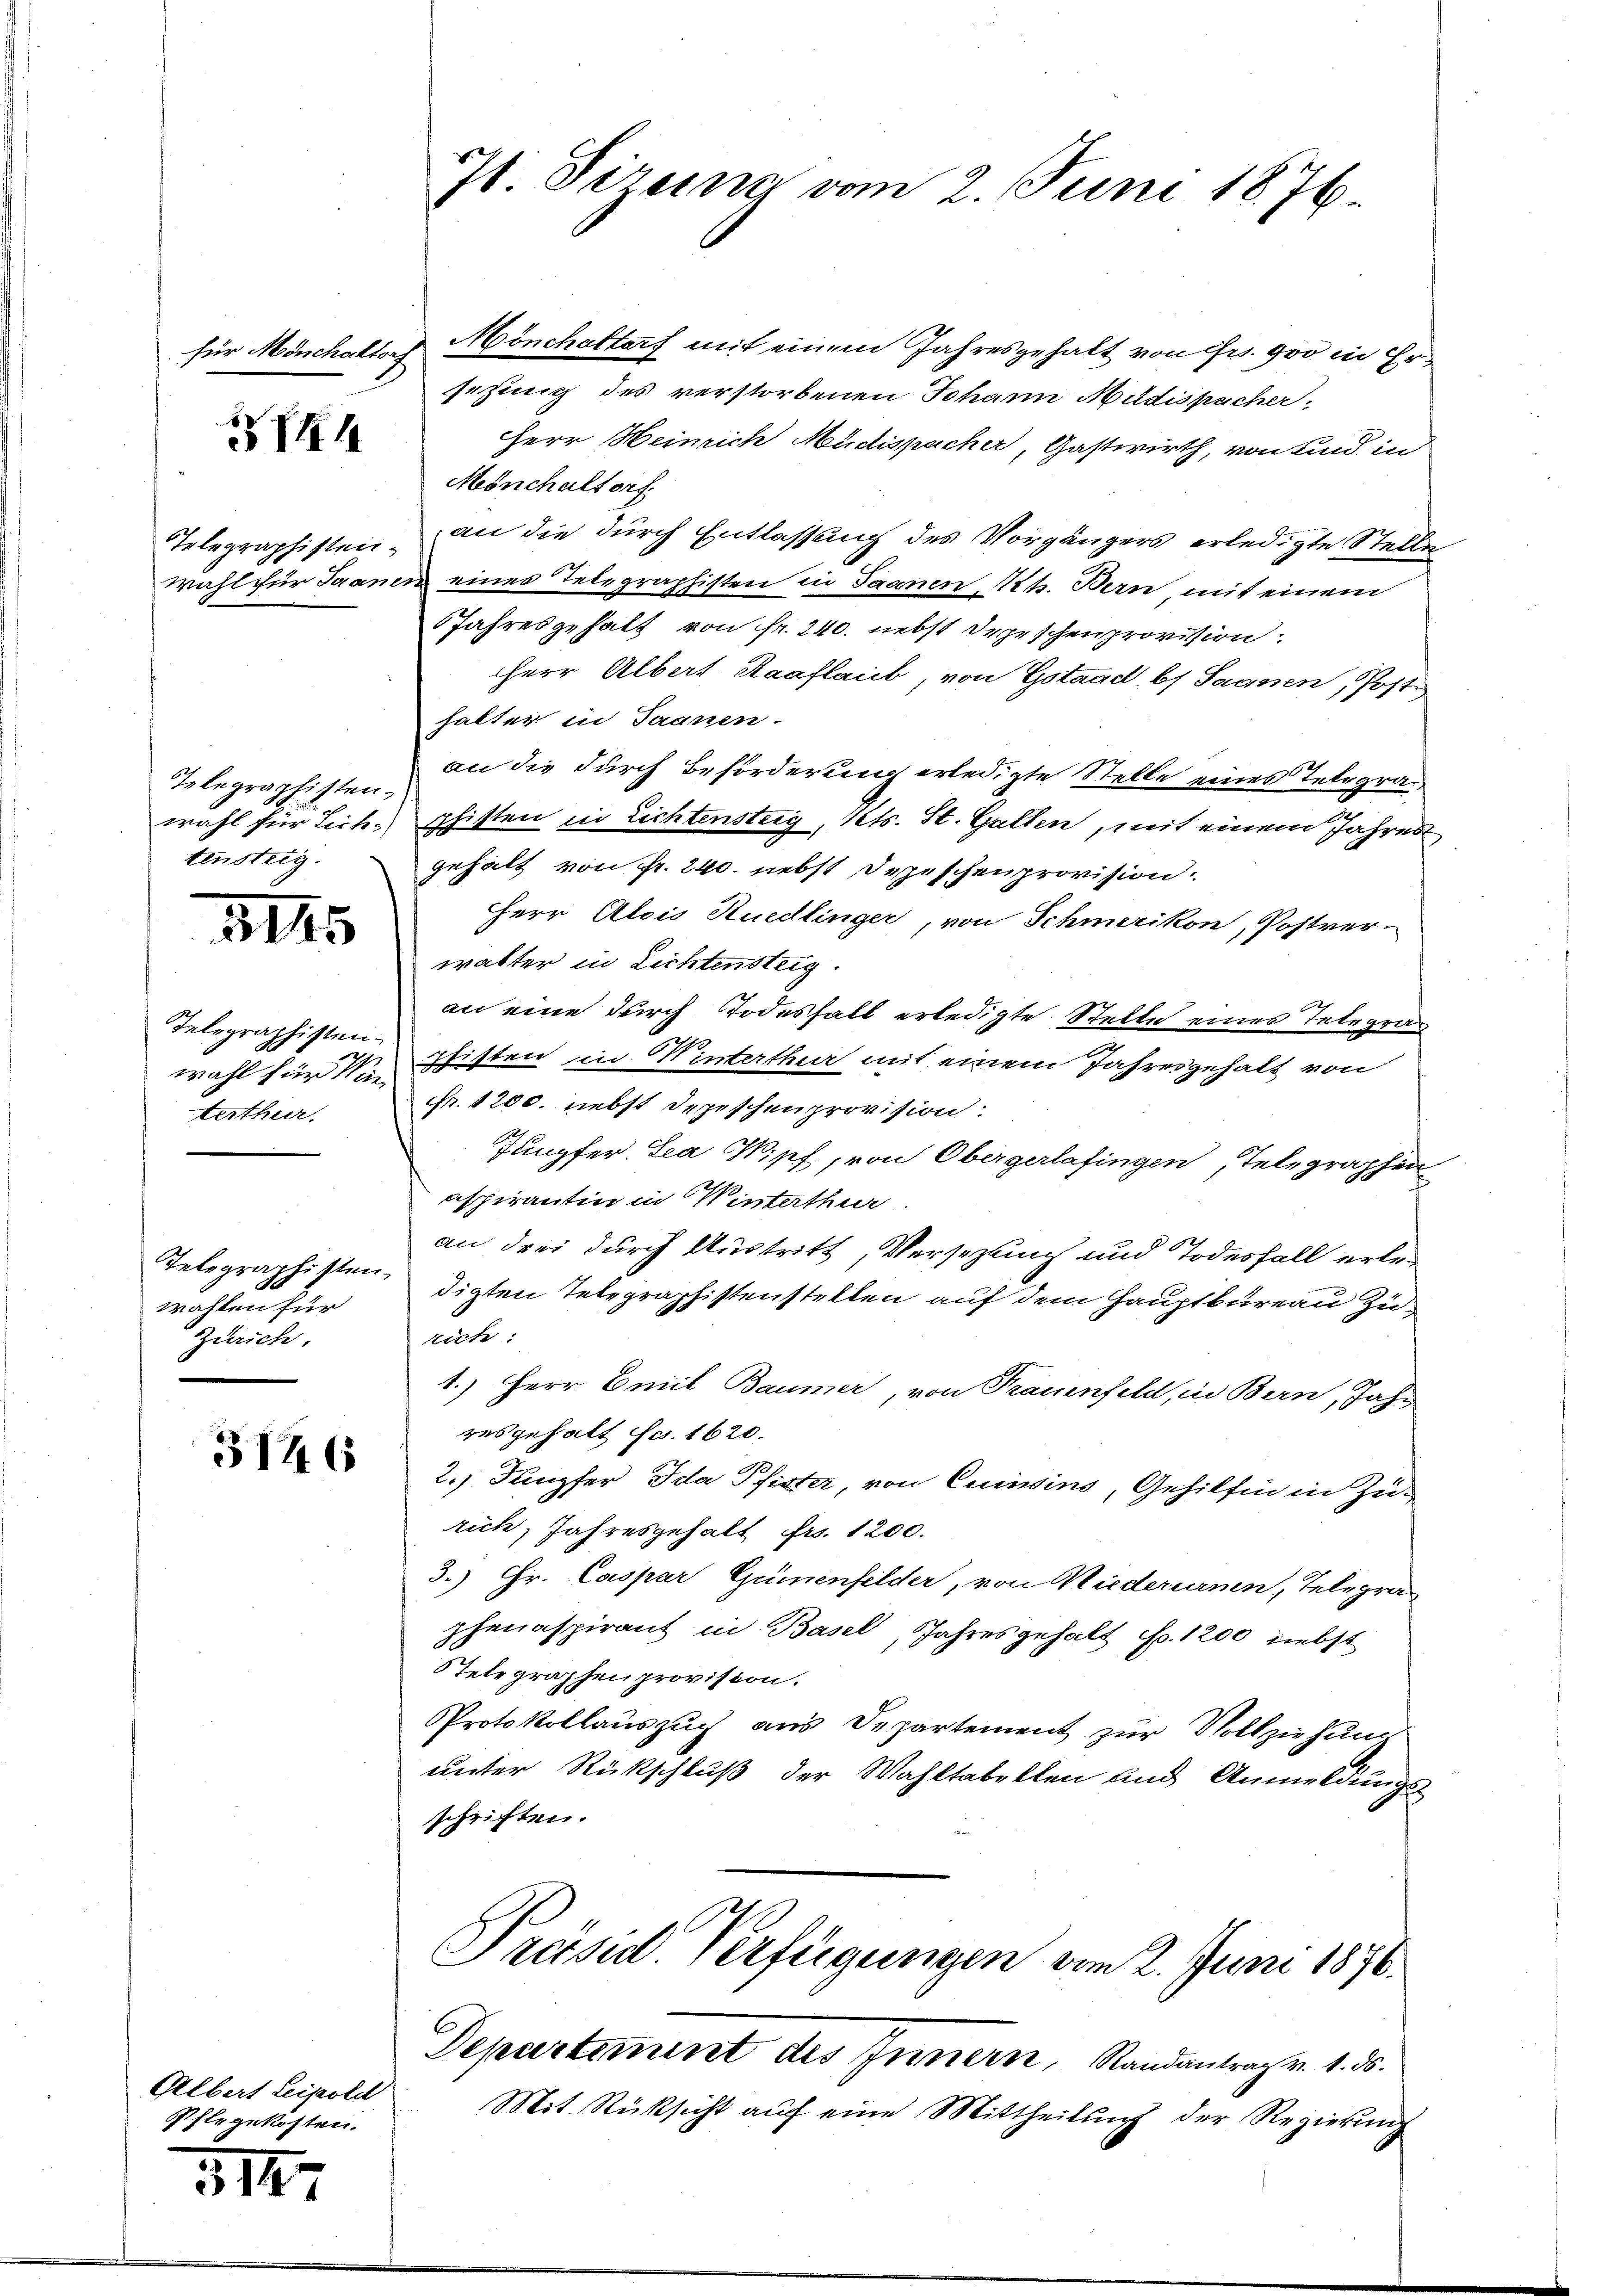
für Mönchaltorf

P

Telegraphisten.
Wahl für Saam

Telegraphisten.
wahl für Leih-
tensteig.

3145

Telegraphisten.
wahl für Min
terthur.

Telegraphisten
wallen für
Zürich.

3146

Albert Leipold
Pflegekosten.

31

7) Direme vom 2. Juni 1876

Mönchaltorf mit einem Jahresgehalt von Fr. 900 in Ersetzung des verstorbenen Johann Müdispacher,
Herr Heinrich Müdispacher, Gastwirth, von Kind in
Mönchaltorf.
an die durch Entlassung des Vorgängers erledigte Stelle
ud eines Telegraphisten in Saanen, Kt. Bern mit einem
Jahresgehalt von fr. 240. nebst Depeschenprovision.
Herr Albert Raaflaub, von Gotaad, b) Saanen Post
halter in Saanen.
an die durch Beförderung erledigte Stelle eines Telegrau
shisten in Lichtensteig, Kts. St. Gallen, mit einem Jahres
gehalt von fr. 240. nebst Depeschen provision.
HHerr Alois Ruedlinger, von Schmerikon, Postverwalter in Lichtensteig.
an eine durch Todesfall erledigte Stelle eines Telegra
shisten in Hinterthur mit einem Jahresgehalt von
Fr. 1200. nebst Depeschenprovision:
Jungfer. Lea Wipf, von Obergerlafingen, Telegraphen
espirantin in Winterthur
an drei durch Austritt, Versezung und Todesfall erledigten Telegraphistenstellen auf dem Hauptbureau zurich:
1.) Herr Emil Baumer, von Frauenfeld, in Bern, Jahr
resgehalt fr. 1620.
2.) Dampfer Ida Pfister, von Cunsins, Gehilfen in Zurich, Jahresgehalt fr. 1200.
3.) Hr. Caspar Gümenfelder, von Wiederumn, Telegra
phenaspirant in Basel, Jahresgehalt Fr. 1200 nebst
STelegraphenprovision.
Protokollauszug aus Departement zur Vollziehung
unter Rückschluß der Wahltabellen und Anmeldungsschriften.
Präsid Verfügungen vom 2. Juni 1876.
Departement des Innern, Randantrag v. 1. ds.
Mit Rüksicht aŭf eine Mittheilung der Regierung